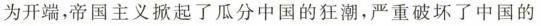
为开端，帝国主义掀起了瓜分中国的狂潮，严重破坏了中国的